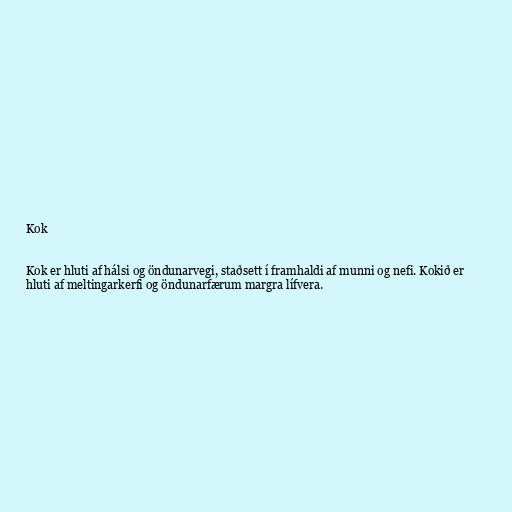
Kok

Kok er hluti af hálsi og öndunarvegi, staðsett í framhaldi af munni og nefi. Kokið er
hluti af meltingarkerfi og öndunarfærum margra lífvera.